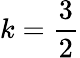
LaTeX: k=\frac{3}{2}